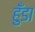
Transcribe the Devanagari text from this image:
हुँडा